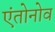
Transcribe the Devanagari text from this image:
एंतोनोव